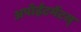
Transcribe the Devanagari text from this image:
अपॉईंटमेंटस्